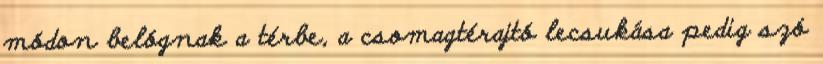
módon belógnak a térbe, a csomagtérajtó lecsukása pedig szó